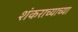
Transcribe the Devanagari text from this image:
शंकराच्याच्या